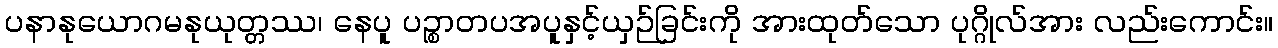
ပနာနုယောဂမနုယုတ္တဿ၊ နေပူ ပဉ္စာတပအပူနှင့်ယှဉ်ခြင်းကို အားထုတ်သော ပုဂ္ဂိုလ်အား လည်းကောင်း။